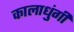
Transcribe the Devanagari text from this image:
कालाधुंगी